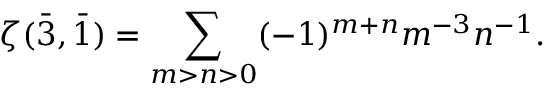
\zeta ( { \bar { 3 } } , { \bar { 1 } } ) = \sum _ { m > n > 0 } ( - 1 ) ^ { m + n } m ^ { - 3 } n ^ { - 1 } .